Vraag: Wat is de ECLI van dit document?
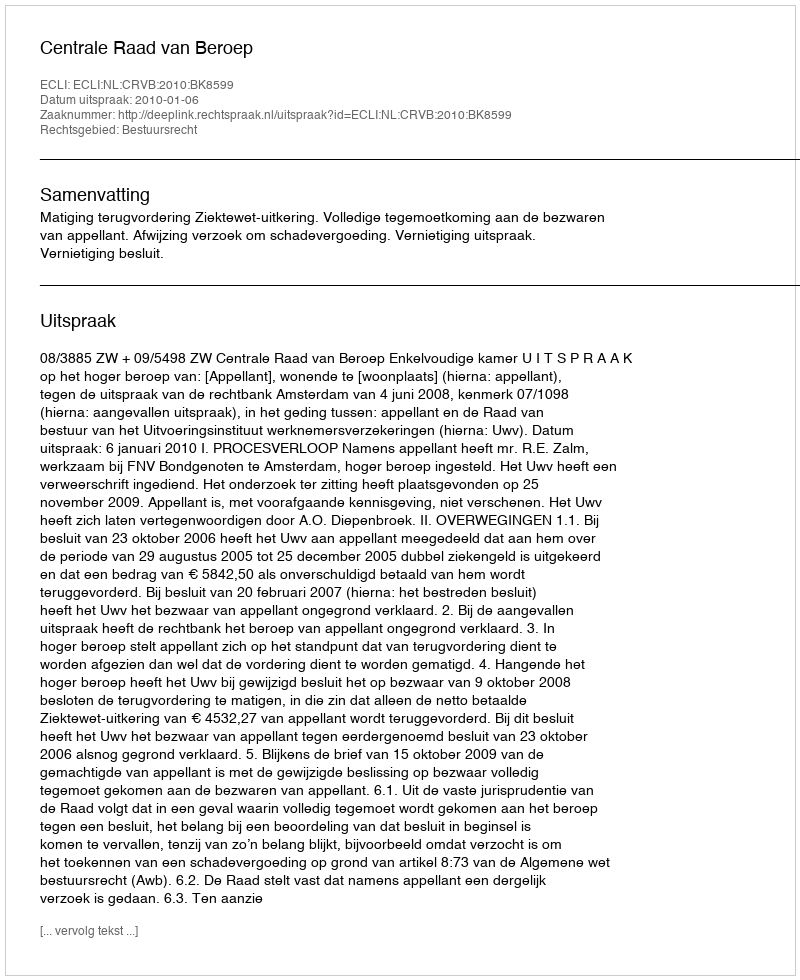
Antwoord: ECLI:NL:CRVB:2010:BK8599